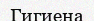
Гигиена